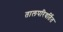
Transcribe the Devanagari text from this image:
तालपरिवर्तित